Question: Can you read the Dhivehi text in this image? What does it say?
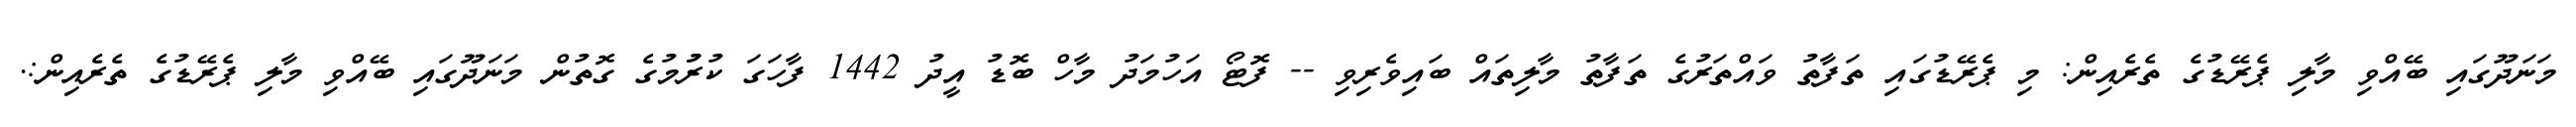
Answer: މަނަދޫގައި ބޭއްވި މާލި ޕެރޭޑުގެ ތެރެއިން: މި ޕެރޭޑުގައި ތަފާތު ވައްތަރުގެ ތަފާތު މާލިތައް ބައިވެރިވި -- ފޮޓޯ އަހުމަދު މާހް ބޮޑު އީދު 1442 ފާހަގަ ކުރުުމުގެ ގޮތުން މަނަދޫގައި ބޭއްވި މާލި ޕެރޭޑުގެ ތެރެއިން:.